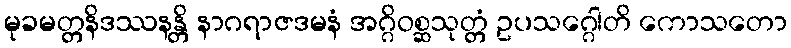
မုခမတ္တနိဒဿနန္တိ နာဂရာဇဒမနံ အဂ္ဂိဝစ္ဆသုတ္တံ ဥပသဂ္ဂေါတိ ကောသတော